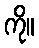
ကို။